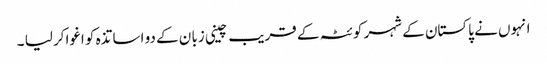
انہوں نے پاکستان کے شہر کو ئٹہ کے قریب چینی زبا ن کے دو اسا تذہ کو اغواکر لیا ۔